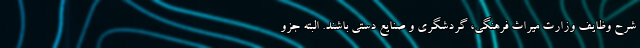
شرح وظایف وزارت میراث فرهنگی، گردشگری و صنایع دستی باشند. البته جزو